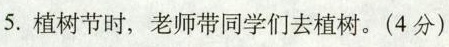
5. 植树节时，老师带同学们去植树。(4分)